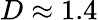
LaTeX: D\approx 1.4